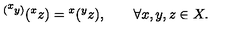
{ } ^ { ( { } ^ { \scriptstyle x } y ) } ( { } ^ { x } z ) = { } ^ { x } ( { } ^ { y } z ) , \qquad \forall x , y , z \in X .